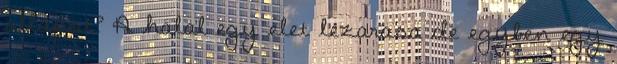
allapot? A halal egy elet lezarasa de egyben egy